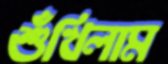
শুঁখিলাম